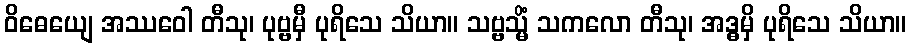
ဝိဓေယျေ အဿဝေါ တီသု၊ ပုဗ္ဗမှီ ပုရိသေ သိယာ။ သဗ္ဗသ္မိံ သကလော တီသု၊ အဒ္ဓမှိ ပုရိသေ သိယာ။